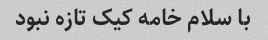
با سلام خامه کیک تازه نبود